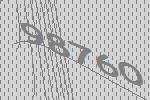
98760